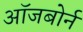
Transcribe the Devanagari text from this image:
ऑजबोर्न